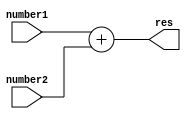
`timescale 1ns / 1ps
//////////////////////////////////////////////////////////////////////////////////
// Company: 
// Engineer: 
// 
// Design Name: 
// Module Name: adder
// Project Name: 
// Target Devices: 
// Tool Versions: 
// Description: 
// 
// Dependencies: 
// 
// Revision:
// Revision 0.01 - File Created
// Additional Comments:
// 
//////////////////////////////////////////////////////////////////////////////////


module adder(number1,number2,res);
input [31:0] number1,number2;

output [31:0] res;

assign res = number1 + number2;

endmodule